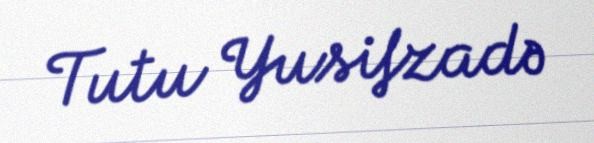
Tutu Yusifzadə